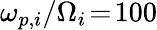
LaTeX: \omega_{p,i}/\Omega_{i}\! =\! 100